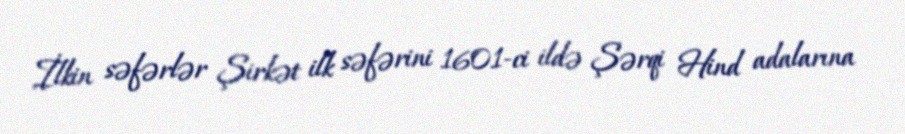
İlkin səfərlər Şirkət ilk səfərini 1601-ci ildə Şərqi Hind adalarına